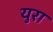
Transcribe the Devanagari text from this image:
युरा